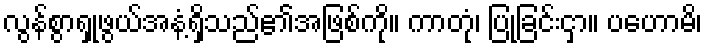
လွန်စွာရှုဖွယ်အနံ့ရှိသည်၏အဖြစ်ကို။ ကာတုံ၊ ပြုခြင်းငှာ။ ပဟောမိ၊